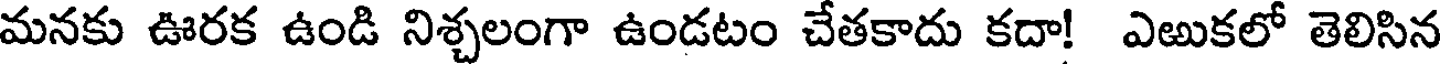
మనకు ఊరక ఉండి నిశ్చలంగా ఉండటం చేతకాదు కదా! ఎఱుకలో తెలిసిన